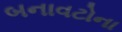
બનાવટોના